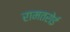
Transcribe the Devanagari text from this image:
रामतरोई